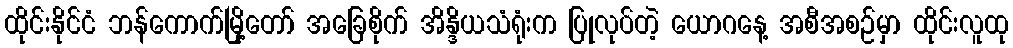
ထိုင်းနိုင်ငံ ဘန်ကောက်မြို့တော် အခြေစိုက် အိန္ဒိယသံရုံးက ပြုလုပ်တဲ့ ယောဂနေ့ အစီအစဉ်မှာ ထိုင်းလူထု